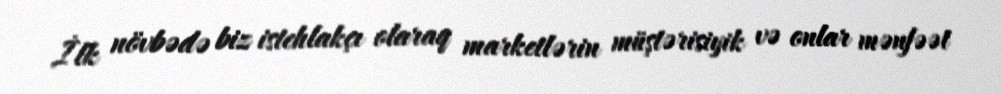
İlk növbədə biz istehlakçı olaraq marketlərin müştərisiyik və onlar mənfəət